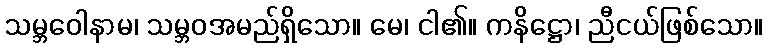
သမ္ဘဝေါနာမ၊ သမ္ဘဝအမည်ရှိသော။ မေ၊ ငါ၏။ ကနိဋ္ဌော၊ ညီငယ်ဖြစ်သော။